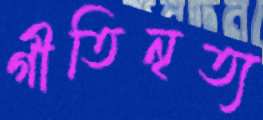
গীতিনৃত্য